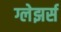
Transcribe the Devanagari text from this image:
ग्लेझर्स